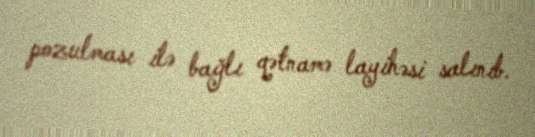
pozulması ilə bağlı qətnamə layihəsi salınıb.